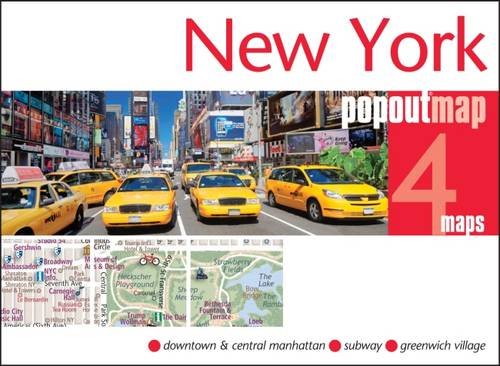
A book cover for New York PopOut Map (PopOut Maps); Travel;